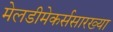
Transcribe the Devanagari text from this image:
मेलडीमेकर्ससारख्या